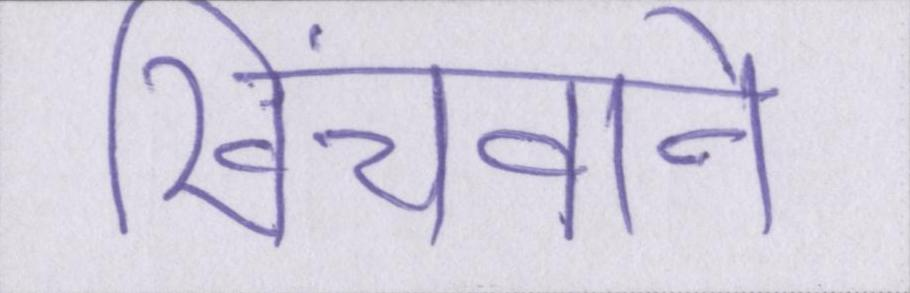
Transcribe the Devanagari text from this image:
खिंचवाने